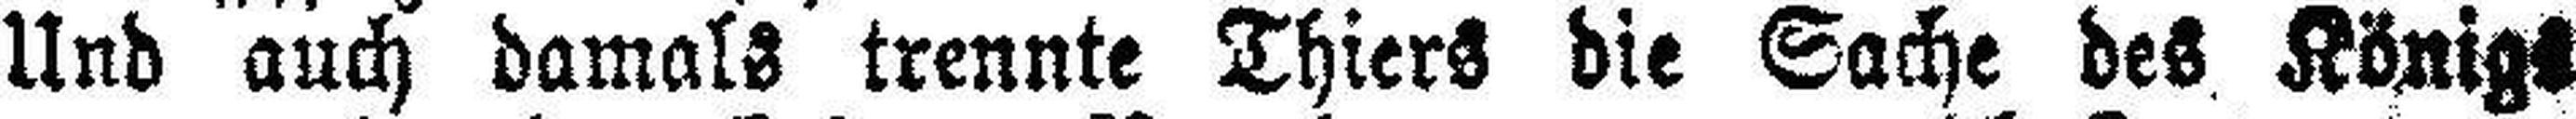
Und auch damals trennte Thiers die Sache des Königs